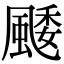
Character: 䬐